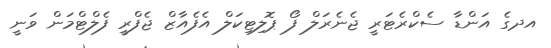
އދގެ އަންޑާ ސެކްރެޓަރީ ޖެނެރަލް ފޯ ޕޮލިޓިކަލް އެފެއާޒް ޖެފްރީ ފެލްޓްމަން ވަނީ